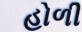
હોળી